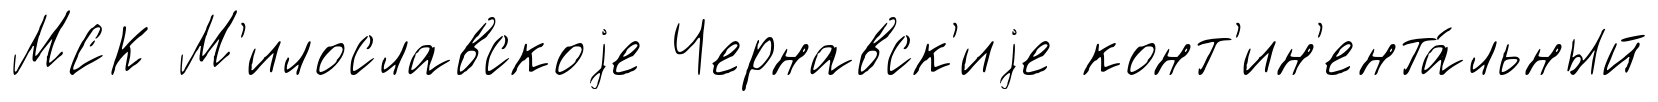
МСК М'илославскоjе Чернавск'иjе конт'ин'ента́льный